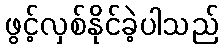
ဖွင့်လှစ်နိုင်ခဲ့ပါသည်